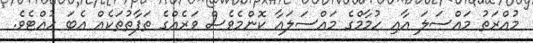
މުއްރަތު މައްސަލަ އާއި ހުމާމްގެ މައްސަލައާ ކޮންމެވެސް ވަރެއްގެ ތަފާތުތަކެއް އެބަ ހުއްޓެވެ.